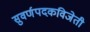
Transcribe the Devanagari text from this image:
सुवर्णपदकविजेती